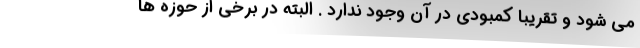
می شود و تقریبا کمبودی در آن وجود ندارد . البته در برخی از حوزه ها